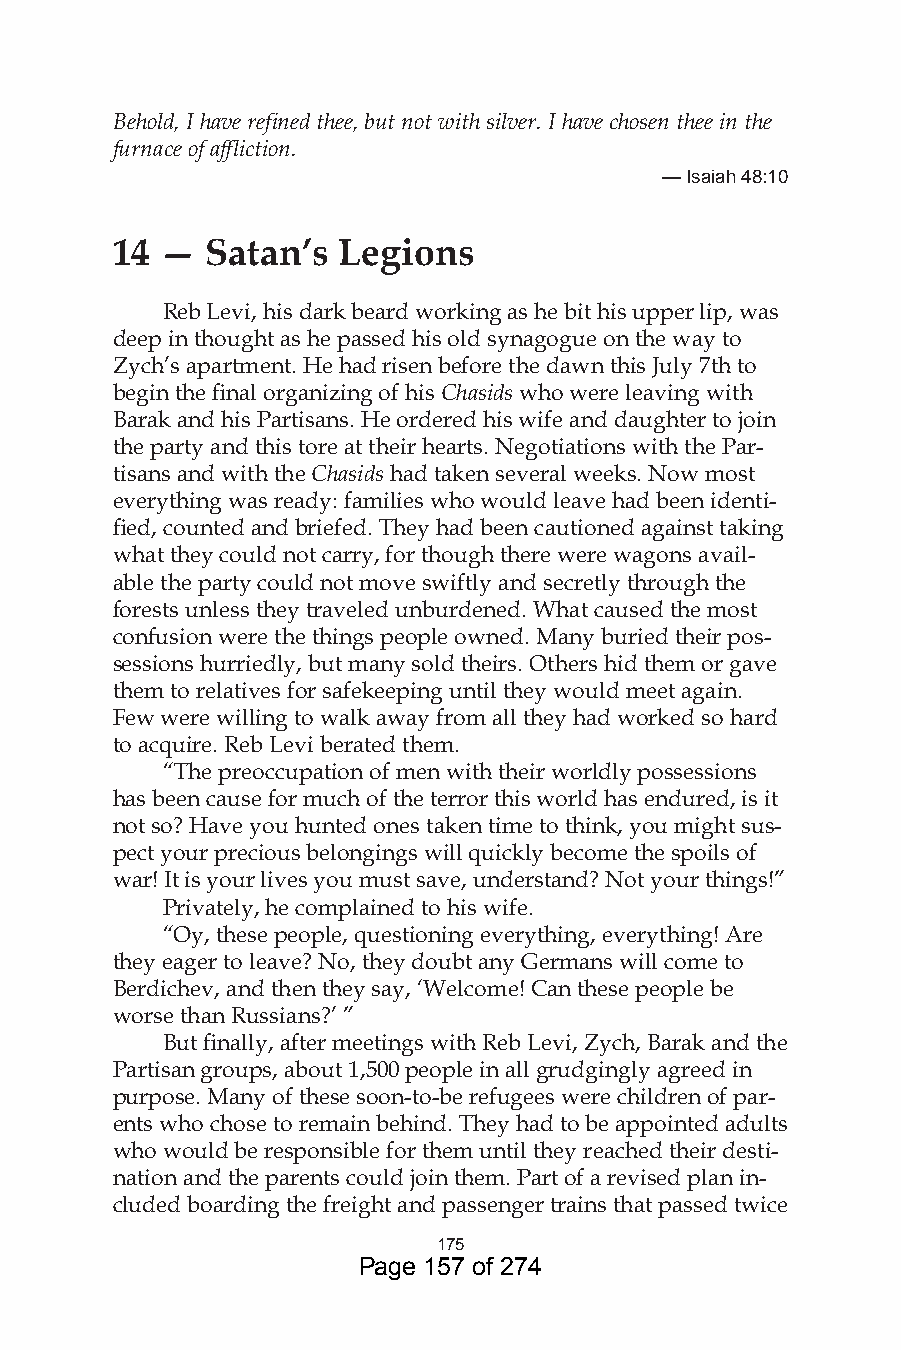
Behold, I have refined thee, but not with silver. I have chosen thee in the
 furnace of affliction.
 — Isaiah 48:0
 14  —  Satan’s Legions
 Reb Levi, his dark beard working as he bit his upper lip, was
 deep in thought as he passed his old synagogue on the way to
 Zych’s apartment. He had risen before the dawn this July 7th to
 begin the final organizing of his Chasids who were leaving with
 Barak and his Partisans. He ordered his wife and daughter to join
 the party and this tore at their hearts. Negotiations with the Par-
 tisans and with the Chasids had taken several weeks. Now most
 everything was ready: families who would leave had been identi-
 fied, counted and briefed. They had been cautioned against taking
 what they could not carry, for though there were wagons avail-
 able the party could not move swiftly and secretly through the
 forests unless they traveled unburdened. What caused the most
 confusion were the things people owned. Many buried their pos-
 sessions hurriedly, but many sold theirs. Others hid them or gave
 them to relatives for safekeeping until they would meet again.
 Few were willing to walk away from all they had worked so hard
 to acquire. Reb Levi berated them.
 “The preoccupation of men with their worldly possessions
 has been cause for much of the terror this world has endured, is it
 not so? Have you hunted ones taken time to think, you might sus-
 pect your precious belongings will quickly become the spoils of
 war! It is your lives you must save, understand? Not your things!”
 Privately, he complained to his wife.
 “Oy, these people, questioning everything, everything! Are
 they eager to leave? No, they doubt any Germans will come to
 Berdichev, and then they say, ‘Welcome! Can these people be
 worse than Russians?’ ”
 But finally, after meetings with Reb Levi, Zych, Barak and the
 Partisan groups, about 1,500 people in all grudgingly agreed in
 purpose. Many of these soon-to-be refugees were children of par-
 ents who chose to remain behind. They had to be appointed adults
 who would be responsible for them until they reached their desti-
 nation and the parents could join them. Part of a revised plan in-
 cluded boarding the freight and passenger trains that passed twice
 75
 Page 157 of 274